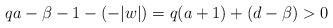
LaTeX: \begin{align*}qa-\beta-1-(-|w|)=q(a+1)+(d-\beta)>0\end{align*}